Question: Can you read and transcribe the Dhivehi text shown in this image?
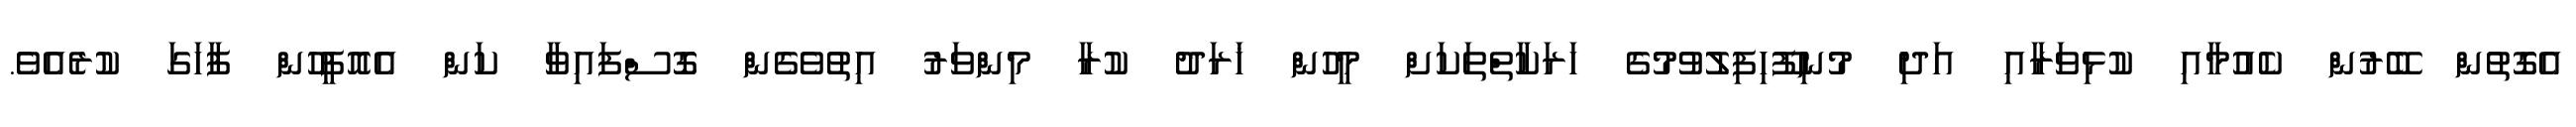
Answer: އެގޮތުން ބޭރުން ކެއުމާއި ކުޅިވަރާއި އަދި މުނިފޫހިފިލުވުމުގެ ހަރަކާތްތަކަށް މީހުން ޚަރަދު ކުރާ މިންވަރު އިތުވެގެން ގޮސްފައިވާ ކަން އެއޮފީހުން ފާހަގަ ކުރެއެވެ.